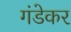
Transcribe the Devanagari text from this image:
गंडेकर